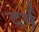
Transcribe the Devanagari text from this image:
दर्ग